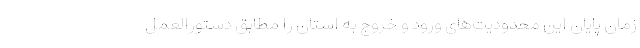
زمان پایان این محدودیت‌های ورود و خروج به استان را مطابق دستورالعمل